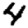
Digit: 4